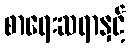
စာရေးဆရာနှင့်